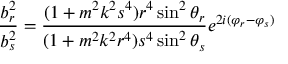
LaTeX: \frac { b _ { r } ^ { 2 } } { b _ { s } ^ { 2 } } = \frac { ( 1 + m ^ { 2 } k ^ { 2 } s ^ { 4 } ) r ^ { 4 } \sin ^ { 2 } \theta _ { r } } { ( 1 + m ^ { 2 } k ^ { 2 } r ^ { 4 } ) s ^ { 4 } \sin ^ { 2 } \theta _ { s } } e ^ { 2 i ( \varphi _ { r } - \varphi _ { s } ) }